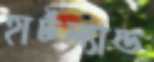
হার্টল্যান্ড